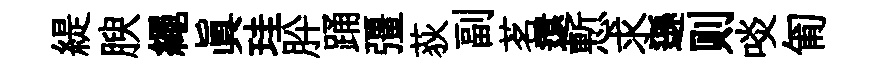
緹腴繩真珪肸踊彊荻副茗還慙求遜则啖匍